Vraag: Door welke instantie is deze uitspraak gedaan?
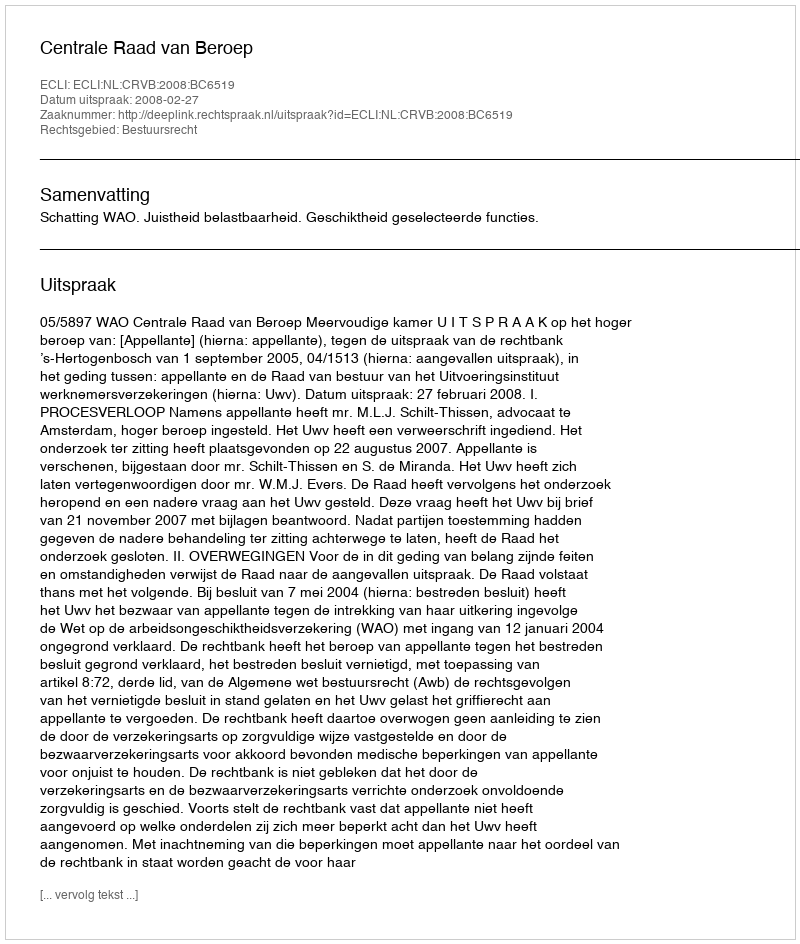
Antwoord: Centrale Raad van Beroep